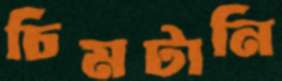
চিমটানি